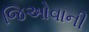
જિઓવાની